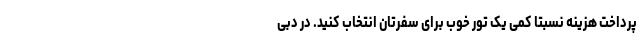
پرداخت هزینه نسبتا کمی یک تور خوب برای سفرتان انتخاب کنید. در دبی